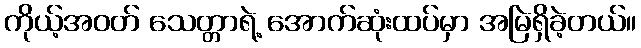
ကိုယ့်အဝတ် သေတ္တာရဲ့ အောက်ဆုံးထပ်မှာ အမြဲရှိခဲ့တယ်။